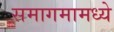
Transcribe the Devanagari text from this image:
समागमामध्ये